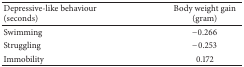
<table><thead><tr><td><b>Depressive-like behaviour (seconds)</b></td><td><b>Body weight gain (gram) </b></td></tr></thead><tbody><tr><td>Swimming </td><td>−0.266</td></tr><tr><td>Struggling </td><td>−0.253</td></tr><tr><td>Immobility </td><td>0.172</td></tr></tbody></table>